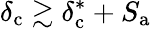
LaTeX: \delta_{\mathrm{c}}\gtrsim\delta_{\mathrm{c}}^{*}+S_{\mathrm{a}}